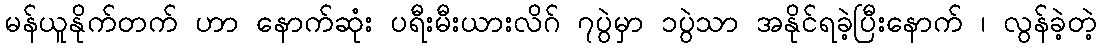
မန်ယူနိုက်တက် ဟာ နောက်ဆုံး ပရီးမီးယားလိဂ် ၇ပွဲမှာ ၁ပွဲသာ အနိုင်ရခဲ့ပြီးနောက် ၊ လွန်ခဲ့တဲ့